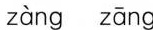
zàng zāng